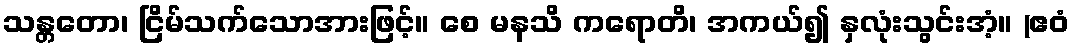
သန္တတော၊ ငြိမ်သက်သောအားဖြင့်။ စေ မနသိ ကရောတိ၊ အကယ်၍ နှလုံးသွင်းအံ့။ (ဧဝံ